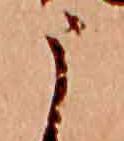
う